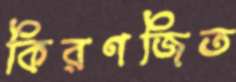
কিরণজিত